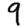
Digit: 9